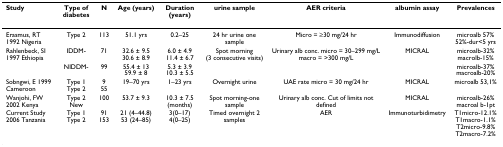
<table><thead><tr><td><b>Study</b></td><td><b>Type of diabetes</b></td><td><b>N</b></td><td><b>Age (years)</b></td><td><b>Duration (years)</b></td><td><b>urine sample</b></td><td><b>AER criteria</b></td><td><b>albumin assay</b></td><td><b>Prevalences</b></td></tr></thead><tbody><tr><td>Erasmus, RT 1992 Nigeria</td><td>Type 2</td><td>113</td><td>51.1 yrs</td><td>0.2–25</td><td>24 hr urine one sample</td><td>Micro = ≥30 mg/24 hr</td><td>Immunodiffusion</td><td>microalb 57%52%-dur&lt;5 yrs</td></tr><tr><td>Rahlenbeck, SI 1997 Ethiopia</td><td>IDDM-</td><td>71</td><td>32.6 ± 9.530.6 ± 8.9</td><td>6.0 ± 4.911.4 ± 6.7</td><td>Spot morning (3 consecutive visits)</td><td>Urinary alb conc. micro = 30–299 mg/Lmacro = &gt;300 mg/L</td><td>MICRAL</td><td>microalb-32%macrolb-15%</td></tr><tr><td>[EMPTY_CELL]</td><td>NIDDM-</td><td>99</td><td>55.4 ± 1359.9 ± 8</td><td>5.3 ± 3.910.3 ± 5.5</td><td>[EMPTY_CELL]</td><td>[EMPTY_CELL]</td><td>[EMPTY_CELL]</td><td>microalb-37%macroalb-20%</td></tr><tr><td>Sobngwi, E 1999 Cameroon</td><td>Type 1Type 2</td><td>955</td><td>19–70 yrs</td><td>1–23 yrs</td><td>Overnight urine</td><td>UAE rate micro = 30 mg/24 hr</td><td>MICRAL</td><td>microalb 53,1%</td></tr><tr><td>Wanjohi, FW 2002 Kenya</td><td>Type 2New</td><td>100</td><td>53.7 ± 9.3</td><td>10.3 ± 7.5 (months)</td><td>Spot morning-one sample</td><td>Urinary alb conc. Cut of limits not defined</td><td>MICRAL</td><td>microalb-26%macroal b-1pt</td></tr><tr><td>Current Study 2006 Tanzania</td><td>Type 1Type 2</td><td>91153</td><td>21 (4–44.8)53 (24–85)</td><td>3(0–17)4(0–25)</td><td>Timed overnight 2 samples</td><td>AER</td><td>Immunoturbidimetry</td><td>T1micro-12.1%T1macro-1.1%T2micro-9.8%T2macro-7.2%</td></tr></tbody></table>